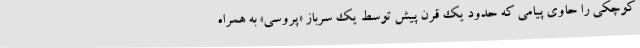
کوچکی را حاوی پیامی که حدود یک قرن پیش توسط یک سرباز «پروسی» به همراه